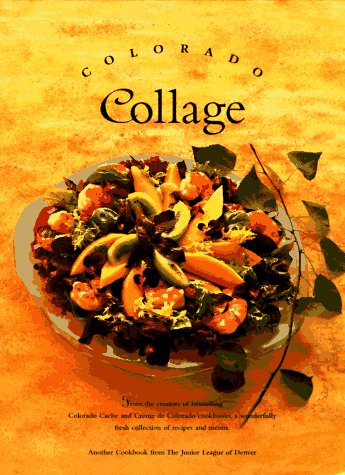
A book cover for Colorado Collage; Junior League of Denver; Cookbooks, Food & Wine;